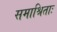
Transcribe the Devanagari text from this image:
समाश्रिताः